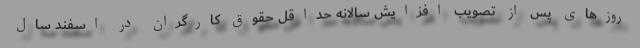
روزهای پس از تصویب افزایش سالانه حداقل حقوق کارگران در اسفند سال